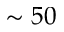
\sim 5 0